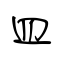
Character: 皿